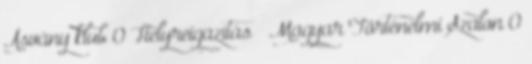
Ásvány klub 0 Helyreigazítás – Magyar Történelmi Szalon 0